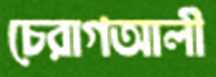
চেরাগআলী